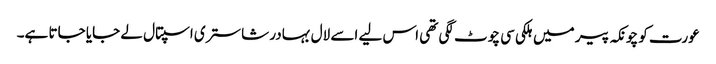
عورت کو چونکہ پیر میں ہلکی سی چوٹ لگی تھی اس لیے اسے لال بہادر شاستری اسپتال لے جایا جاتا ہے۔